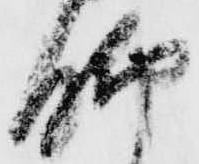
脚